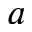
a